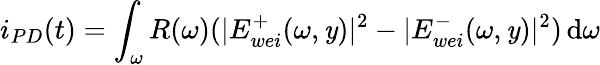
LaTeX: i_{PD}(t)=\int_{\omega}R(\omega)(|E_{wei}^{+}(\omega,\mathit{y})|^{2}-|E_{wei}^{-}(\omega,\mathit{y})|^{2})\, \mathrm{{d}}\omega